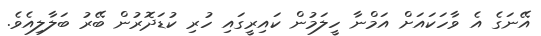
އޭނަގެ އެ ވާހަކައަށް އަމްނާ ހީލަމުން ކައިރީގައި ހުރި ކުޑަދޮރުން ބޭރު ބަލާލިއެވެ.